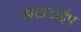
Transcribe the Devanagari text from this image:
डाटाटाईप